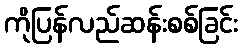
ကိုပြန်လည်ဆန်းစစ်ခြင်း